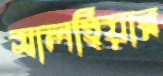
সালহিয়ার